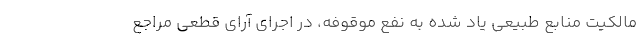
مالکیت منابع طبیعی یاد شده به نفع موقوفه، در اجرای آرای قطعی مراجع